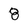
Character: 8